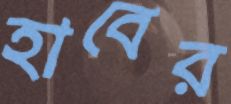
হাবের